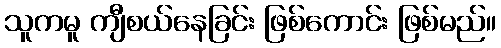
သူကမူ ကျီစယ်နေခြင်း ဖြစ်ကောင်း ဖြစ်မည်။